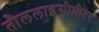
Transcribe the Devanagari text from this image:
तौललाइसीमीटर